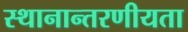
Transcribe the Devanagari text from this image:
स्थानान्तरणीयता